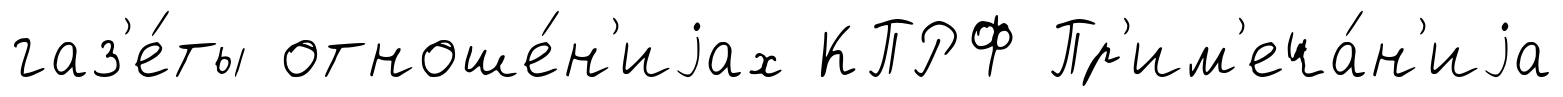
газ'е́ты отноше́н'иjах КПРФ Пр'им'еча́н'иjа